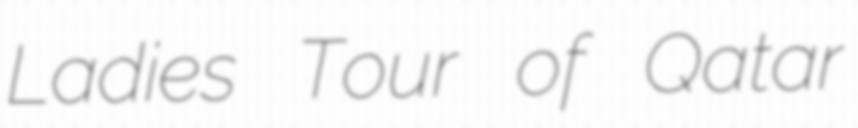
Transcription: Ladies Tour of Qatar